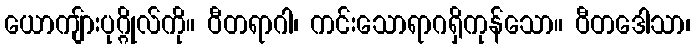
ယောကျ်ားပုဂ္ဂိုလ်ကို။ ဝီတရာဂါ၊ ကင်းသောရာဂရှိကုန်သော။ ဝီတဒေါသာ၊